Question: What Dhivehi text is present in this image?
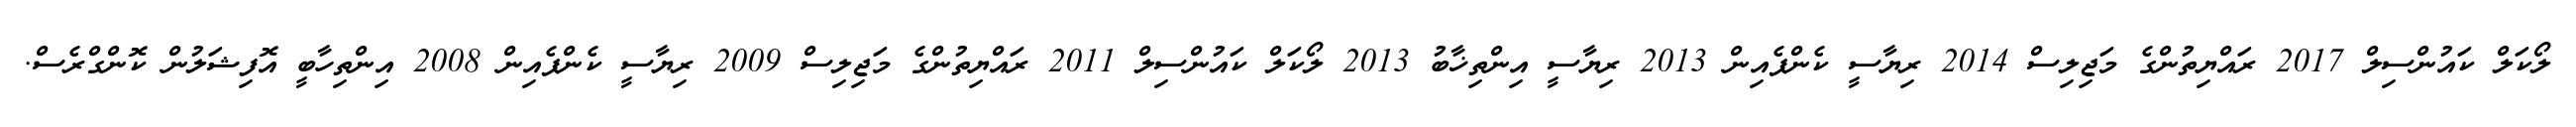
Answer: ލޯކަލް ކައުންސިލް 2017 ރައްޔިތުންގެ މަޖިލިސް 2014 ރިޔާސީ ކެންޕެއިން 2013 ރިޔާސީ އިންތިޚާބު 2013 ލޯކަލް ކައުންސިލް 2011 ރައްޔިތުންގެ މަޖިލިސް 2009 ރިޔާސީ ކެންޕެއިން 2008 އިންތިހާބީ އޮފިޝަލުން ކޮންގްރެސް.